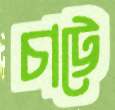
চাট্টে